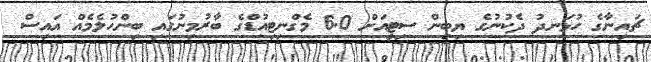
ޗައިނާގެ ހުޅަނދު ދެކުނުގެ ޔިބިން ސިޓީއަށް 6.0 މެގްނިޓިއުޑްގެ ބާރުމިނުގައި ބިންހުލެމެއް އައިސް